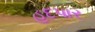
હદપાર